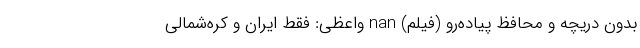
بدون دریچه و محافظ پیاده‌رو (فیلم) nan واعظی: فقط ایران و کره‌شمالی